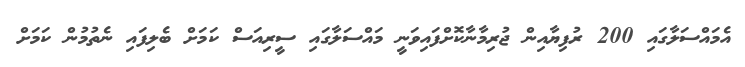
އެމައްސަލާގައި 200 ރުފިޔާއިން ޖުރިމާނާކޮށްފައިވަނީ މައްސަލާގައި ސީރިއަސް ކަމަށް ބެލިފައި ނެތުމުން ކަމަށް